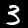
Digit: 3